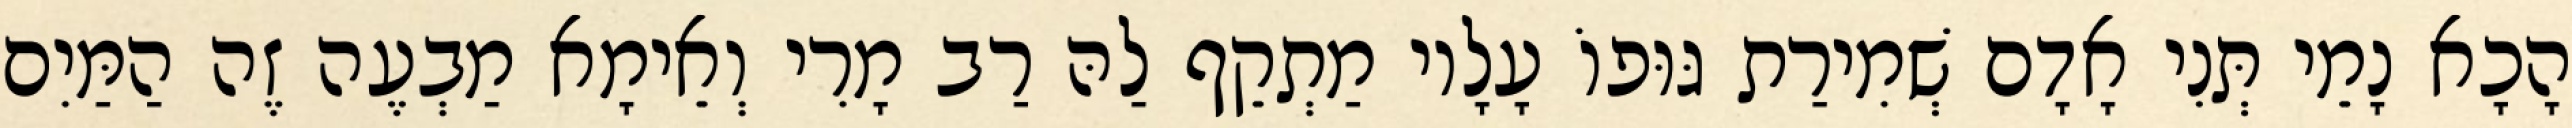
הָכָא נָמֵי תְּנִי אָדָם שְׁמִירַת גּוּפוֹ עָלָיו מַתְקֵף לַהּ רַב מָרִי וְאֵימָא מַבְעֶה זֶה הַמַּיִם